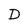
Character: D